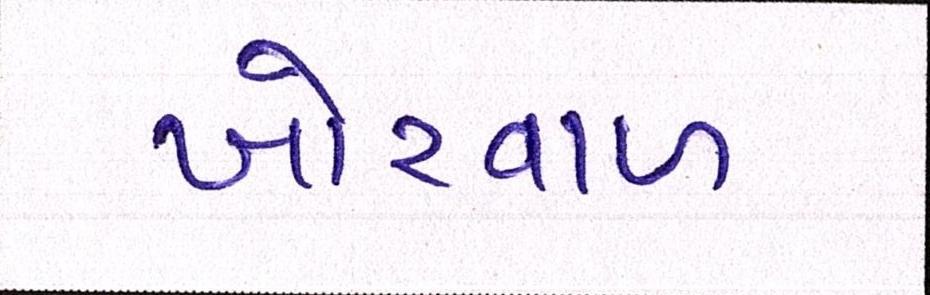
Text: ખોરવાળ